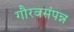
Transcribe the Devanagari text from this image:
गौरवसंपन्न